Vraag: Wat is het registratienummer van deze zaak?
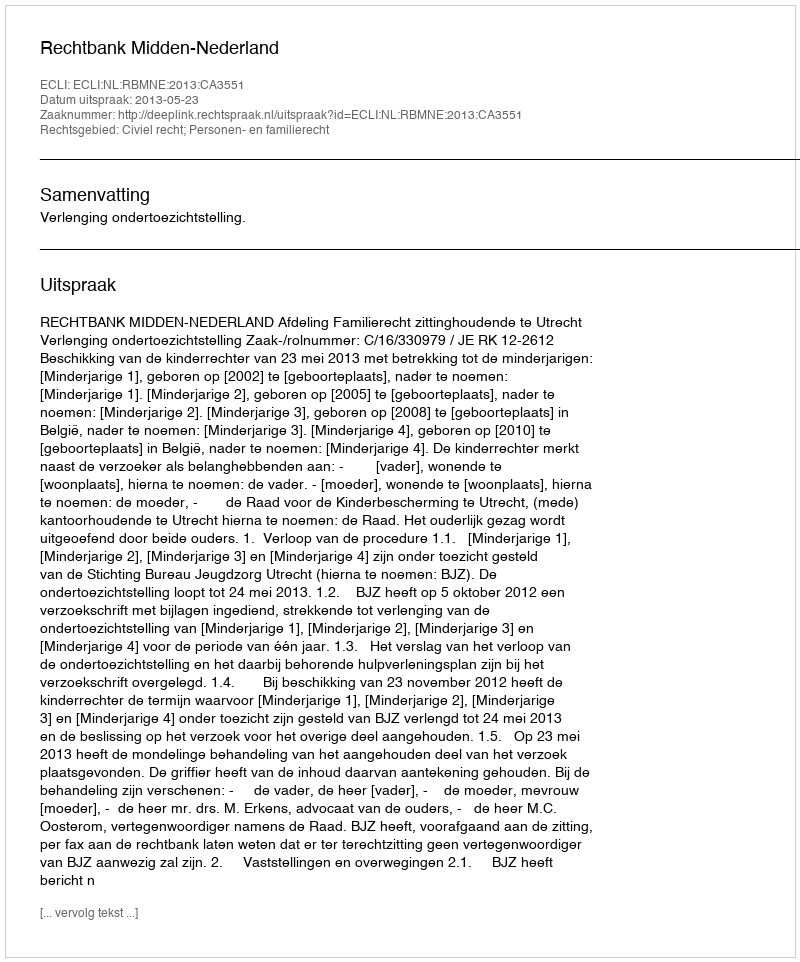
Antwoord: http://deeplink.rechtspraak.nl/uitspraak?id=ECLI:NL:RBMNE:2013:CA3551